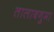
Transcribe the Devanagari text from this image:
तालाबनुमा